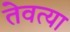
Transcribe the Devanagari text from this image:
तेवत्या